Scottish Leaving Certificate Examination, 1961
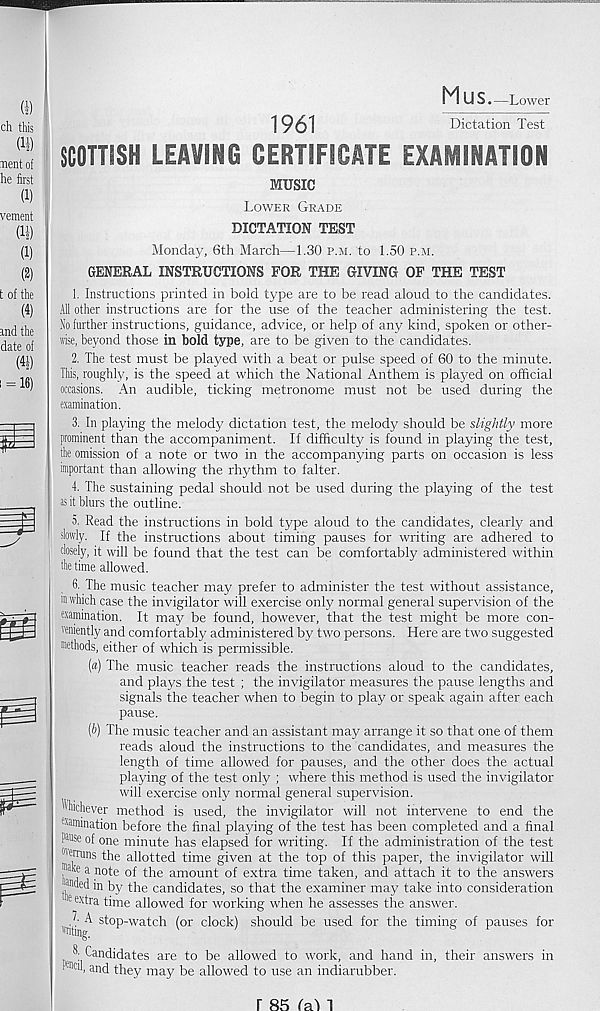
Mus. -Lower
ch this
(1«
of
first
(i)
(U)
(1)
(2)
of the
(4)
the
of
m
= 16)
1961
Dictation Test
SCOTTISH LEAVING CERTIFICATE EXAMINATION
MUSIC
Lower Grade
DICTATION TEST
Monday, 6th March—1.30 p.m. to 1.50 p.m.
GENERAL INSTRUCTIONS FOR THE GIVING OF THE TEST
1. Instructions printed in bold type are to be read aloud to the candidates.
All other instructions are for the use of the teacher administering the test.
No further instructions, guidance, advice, or help of any kind, spoken or other-
wise, beyond those in bold type, are to be given to the candidates.
2. The test must be played with a beat or pulse speed of 60 to the minute.
Tills, roughly, is the speed at which the National Anthem is played on official
occasions. An audible, ticking metronome must not be used during the
examination.
3. In playing the melody dictation test, the melody should be slightly more
prominent than the accompaniment. If difficulty is found in playing the test,
tire omission of a note or two in the accompanying parts on occasion is less
important than allowing the rhythm to falter.
4. The sustaining pedal should not be used during the playing of the test
as it blurs the outline.
5. Read the instructions in bold type aloud to the candidates, clearly and
slowly. If the instructions about timing pauses for writing are adhered to
closely, it will be found that the test can be comfortably administered within
the time allowed.
6- The music teacher may prefer to administer the test without assistance,
in which case the invigilator will exercise only normal general supervision of the
examination. It may be found, however, that the test might be more con-
veniently and comfortably administered by two persons. Here are two suggested
methods, either of which is permissible.
(a) The music teacher reads the instructions aloud to the candidates,
and plays the test ; the invigilator measures the pause lengths and
signals the teacher when to begin to play or speak again after each
pause.
(f>) The music teacher and an assistant may arrange it so that one of them
reads aloud the instructions to the candidates, and measures the
length of time allowed for pauses, and the other does the actual
playing of the test only ; where this method is used the invigilator
will exercise only normal general supervision.
Whichever method is used, the invigilator will not intervene to end the
examination before the final playing of the test has been completed and a final
PWse of one minute has elapsed for writing. If the administration of the test
Werruns the allotted time given at the top of this paper, the invigilator will
, lal ® a note of the amount of extra time taken, and attach it to the answers
!®aed ® by the candidates, so that the examiner may take into consideration
e extra time allowed for working when he assesses the answer.
b A stop-watch (or clock) should be used for the timing of pauses for
"nting.
3. Candidates are to be allowed to work, and hand in, their answers in
Cl1 ’ an d they may be allowed to use an indiarubber.
r 85 fa'I 1